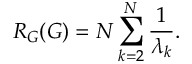
R _ { G } ( G ) = N \sum _ { k = 2 } ^ { N } \frac { 1 } { \lambda _ { k } } .